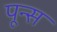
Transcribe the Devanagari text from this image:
पून्स